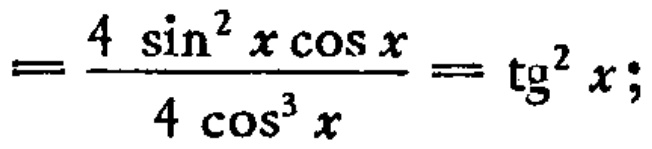
\(=\frac{4\sin^{2}x\cos x}{4\cos^{3}x}=\operatorname{tg}^{2}x;\)